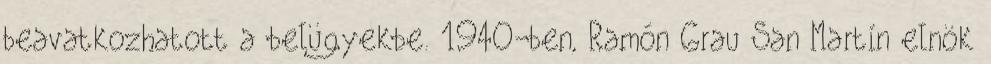
beavatkozhatott a belügyekbe. 1940-ben, Ramón Grau San Martín elnök